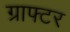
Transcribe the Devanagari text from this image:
ग्राफ्टर